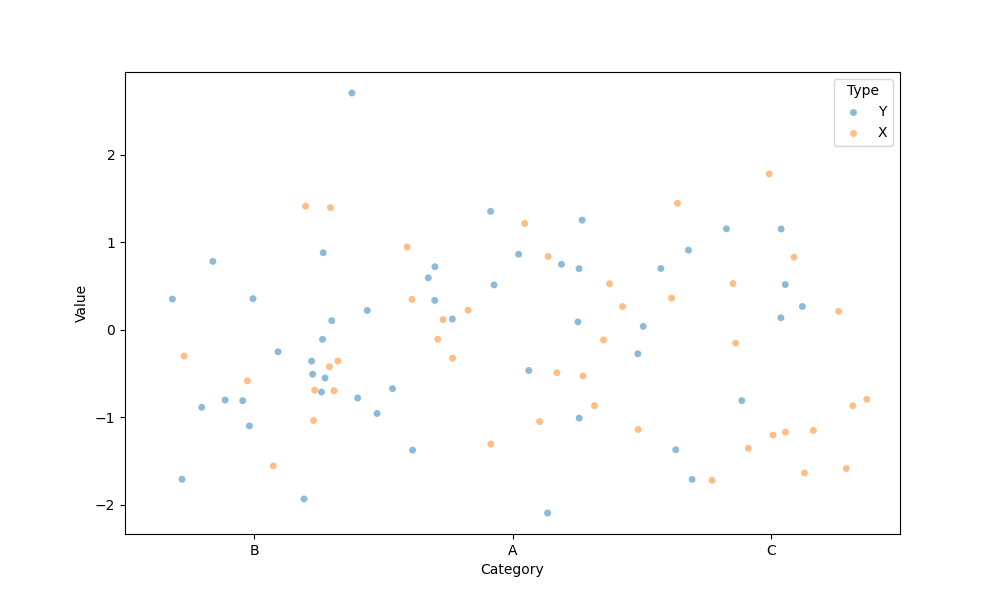
python, seaborn, stripplot, jitter=True, dodge=True, alpha=0.5, size=5